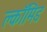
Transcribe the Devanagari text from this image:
क्लॉमिड